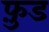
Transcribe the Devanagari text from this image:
फ़ु़ड